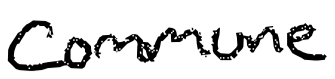
Text: commune
Cross-out: clean
Writing tool: digital_black